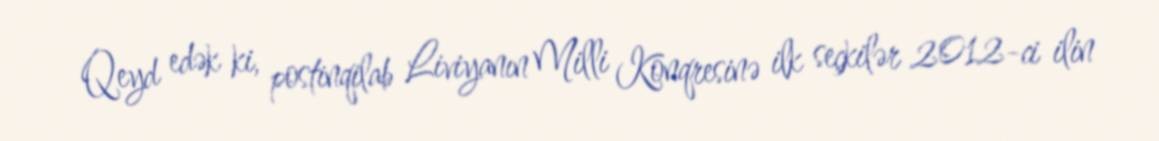
Qeyd edək ki, postinqilab Liviyanın Milli Konqresinə ilk seçkilər 2012-ci ilin